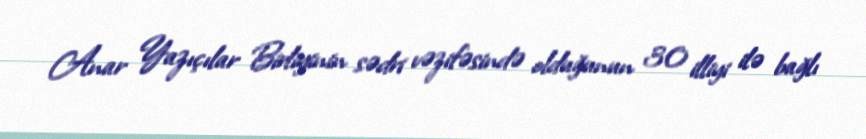
Anar Yazıçılar Birliyinin sədri vəzifəsində olduğunun 30 illiyi ilə bağlı